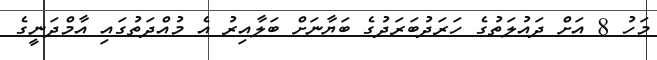
މަހު 8 އަށް ދައުލަތުގެ ހަރަދުބަރަދުގެ ބަޔާނަށް ބަލާއިރު އެ މުއްދަތުގައި އާމްދަނީގެ